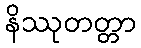
နိဿုတတ္တာ